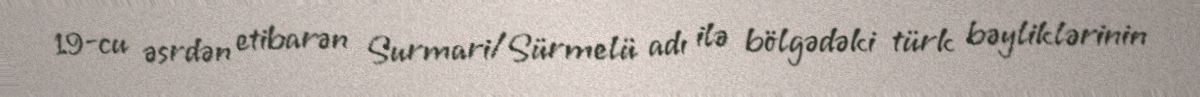
19-cu əsrdən etibarən Surmari/Sürmelü adı ilə bölgədəki türk bəyliklərinin